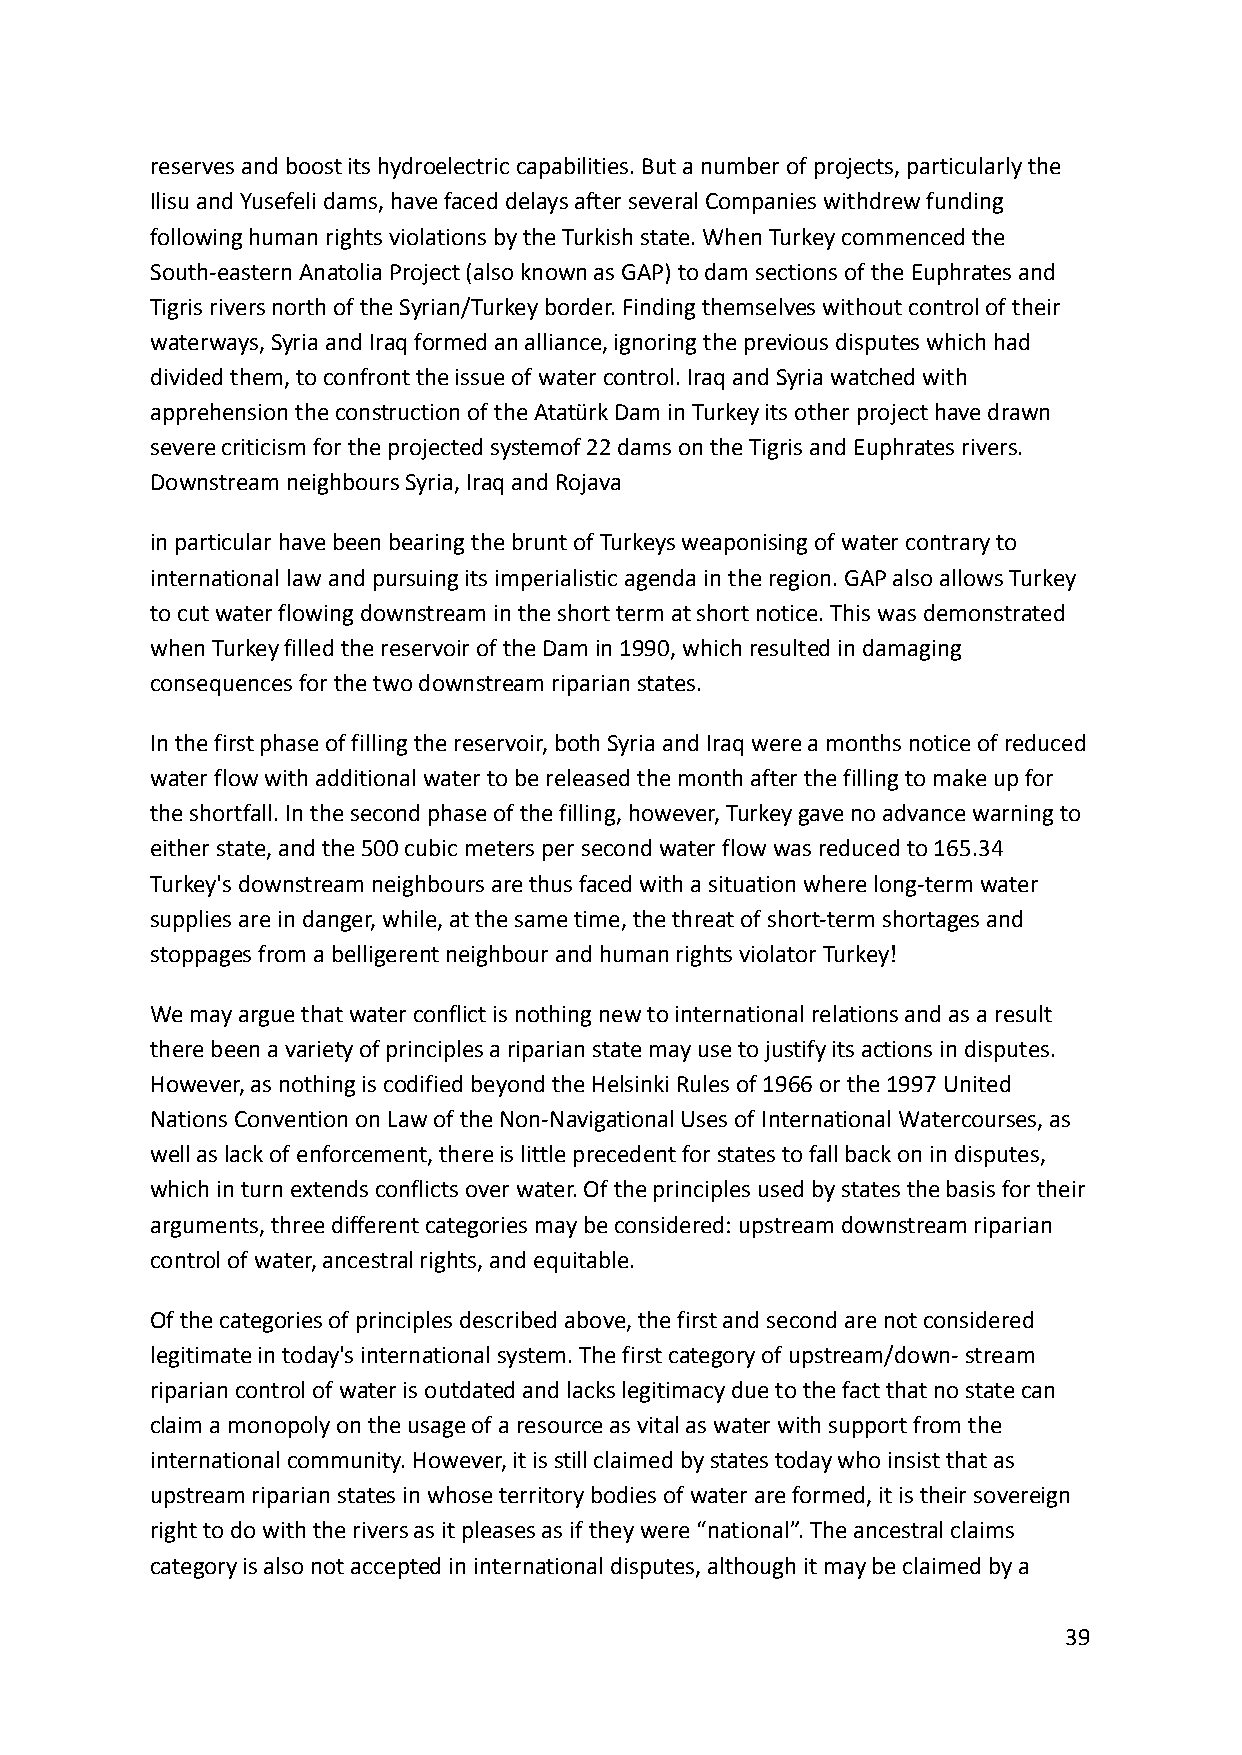
reserves and boost its hydroelectric capabilities. But a number of projects, particularly the
 Ilisu and Yusefeli dams, have faced delays after several Companies withdrew funding
 following human rights violations by the Turkish state. When Turkey commenced the
 South-eastern Anatolia Project (also known as GAP) to dam sections of the Euphrates and
 Tigris rivers north of the Syrian/Turkey border. Finding themselves without control of their
 waterways, Syria and Iraq formed an alliance, ignoring the previous disputes which had
 divided them, to confront the issue of water control. Iraq and Syria watched with
 apprehension the construction of the Atatürk Dam in Turkey its other project have drawn
 severe criticism for the projected systemof 22 dams on the Tigris and Euphrates rivers.
 Downstream neighbours Syria, Iraq and Rojava
 in particular have been bearing the brunt of Turkeys weaponising of water contrary to
 international law and pursuing its imperialistic agenda in the region. GAP also allows Turkey
 to cut water flowing downstream in the short term at short notice. This was demonstrated
 when Turkey filled the reservoir of the Dam in 1990, which resulted in damaging
 consequences for the two downstream riparian states.
 In the first phase of filling the reservoir, both Syria and Iraq were a months notice of reduced
 water flow with additional water to be released the month after the filling to make up for
 the shortfall. In the second phase of the filling, however, Turkey gave no advance warning to
 either state, and the 500 cubic meters per second water flow was reduced to 165.34
 Turkey's downstream neighbours are thus faced with a situation where long-term water
 supplies are in danger, while, at the same time, the threat of short-term shortages and
 stoppages from a belligerent neighbour and human rights violator Turkey!
 We may argue that water conflict is nothing new to international relations and as a result
 there been a variety of principles a riparian state may use to justify its actions in disputes.
 However, as nothing is codified beyond the Helsinki Rules of 1966 or the 1997 United
 Nations Convention on Law of the Non-Navigational Uses of International Watercourses, as
 well as lack of enforcement, there is little precedent for states to fall back on in disputes,
 which in turn extends conflicts over water. Of the principles used by states the basis for their
 arguments, three different categories may be considered: upstream downstream riparian
 control of water, ancestral rights, and equitable.
 Of the categories of principles described above, the first and second are not considered
 legitimate in today's international system. The first category of upstream/down- stream
 riparian control of water is outdated and lacks legitimacy due to the fact that no state can
 claim a monopoly on the usage of a resource as vital as water with support from the
 international community. However, it is still claimed by states today who insist that as
 upstream riparian states in whose territory bodies of water are formed, it is their sovereign
 right to do with the rivers as it pleases as if they were “national”. The ancestral claims
 category is also not accepted in international disputes, although it may be claimed by a
 39